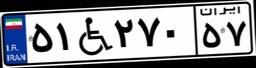
۷۸W۶۹۳۰۹